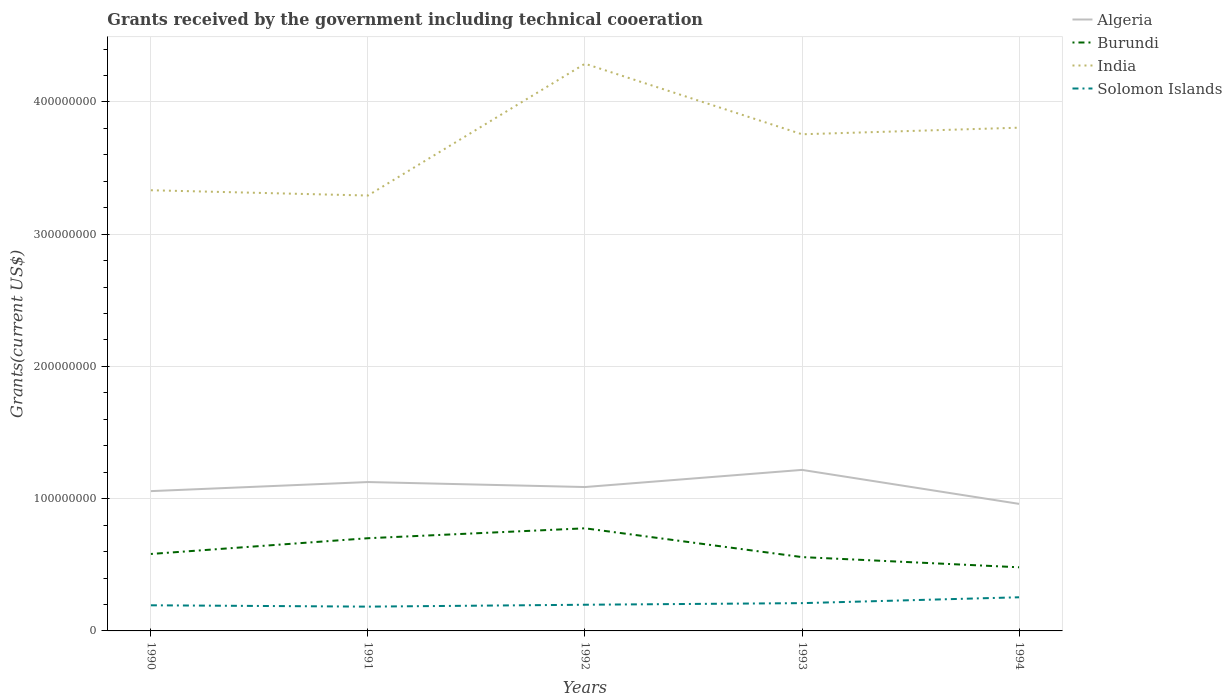
| Years | Algeria | Burundi | India | Solomon Islands |
 | --- | --- | --- | --- | --- |
 | 1990 | 1.06e+08 | 5.82e+07 | 3.33e+08 | 1.94e+07 |
 | 1991 | 1.13e+08 | 7.01e+07 | 3.29e+08 | 1.84e+07 |
 | 1992 | 1.09e+08 | 7.76e+07 | 4.29e+08 | 1.98e+07 |
 | 1993 | 1.22e+08 | 5.58e+07 | 3.76e+08 | 2.1e+07 |
 | 1994 | 9.61e+07 | 4.81e+07 | 3.81e+08 | 2.54e+07 |